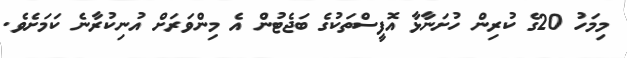
މިމަހު 20ގެ ކުރިން ހުށަނާޅާ އޮފީސްތަކުގެ ބަޖެޓުން އެ މިންވަރަށް އުނިކުރާނެ ކަމަށެވެ.